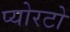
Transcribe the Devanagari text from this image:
प्योरटो